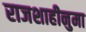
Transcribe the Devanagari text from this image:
राजशाहीनुमा